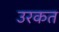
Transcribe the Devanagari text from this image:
उरकत